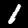
Digit: 1